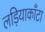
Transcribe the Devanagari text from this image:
लड़ियाकाँटा